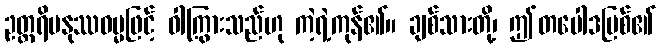
ဥတ္တရိမနုဿဓမ္မဖြင့် ဝါကြွားသည်ဟု ကဲ့ရဲ့ကုန်၏။ ချစ်သားတို့၊ ဤတပေါဒမြစ်၏